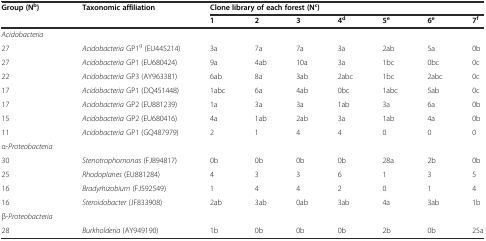
| Group (Nb) | Taxonomic affiliation | <COLSPAN=7> Clone library of each forest (Nc) |
 |  |  | 1 | 2 | 3 | 4d | 5e | 6e | 7f |
 | --- | --- | --- | --- | --- | --- | --- | --- | --- |
 | Acidobacteria |  |  |  |  |  |  |  |  |
 | 27 | Acidobacteria GP1g (EU445214) | 3a | 7a | 7a | 3a | 2ab | 5a | 0b |
 | 27 | Acidobacteria GP1 (EU680424) | 9a | 4ab | 10a | 3a | 1bc | 0bc | 0c |
 | 22 | Acidobacteria GP3 (AY963381) | 6ab | 8a | 3ab | 2abc | 1bc | 2abc | 0c |
 | 17 | Acidobacteria GP1 (DQ451448) | 1abc | 6a | 4ab | 0bc | 1abc | 5ab | 0c |
 | 17 | Acidobacteria GP2 (EU881239) | 1a | 3a | 3a | 1ab | 3a | 6a | 0b |
 | 15 | Acidobacteria GP2 (EU680416) | 4a | 1ab | 2ab | 3a | 1ab | 4a | 0b |
 | 11 | Acidobacteria GP1 (GQ487979) | 2 | 1 | 4 | 4 | 0 | 0 | 0 |
 | α-Proteobacteria |  |  |  |  |  |  |  |  |
 | 30 | Stenotrophomonas (FJ894817) | 0b | 0b | 0b | 0b | 28a | 2b | 0b |
 | 25 | Rhodoplanes (EU881284) | 4 | 3 | 3 | 6 | 1 | 3 | 5 |
 | 16 | Bradyrhizobium (FJ592549) | 1 | 4 | 4 | 2 | 0 | 1 | 4 |
 | 16 | Steroidobacter (JF833908) | 2ab | 3ab | 0ab | 3ab | 4a | 3ab | 1b |
 | β-Proteobacteria |  |  |  |  |  |  |  |  |
 | 28 | Burkholderia (AY949190) | 1b | 0b | 0b | 0b | 2b | 0b | 25a |